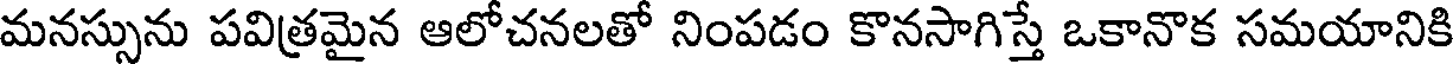
మనస్సును పవిత్రమైన ఆలోచనలతో నింపడం కొనసాగిస్తే ఒకానొక సమయానికి